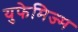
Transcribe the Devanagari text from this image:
युफेमिज्म